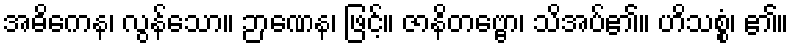
အဓိကေန၊ လွန်သော။ ဉာဏေန၊ ဖြင့်။ ဇာနိတဗ္ဗော၊ သိအပ်၏။ ဟိသစ္စံ၊ ၏။